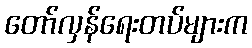
တော်လှန်ရေးတပ်များက